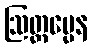
ဩတ္တပ္ပေန